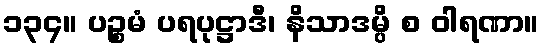
၁၃၄။ ပဉ္စမံ ပရပုဋ္ဌာဒီ၊ နိသာဒမ္ပိ စ ဝါရဏာ။